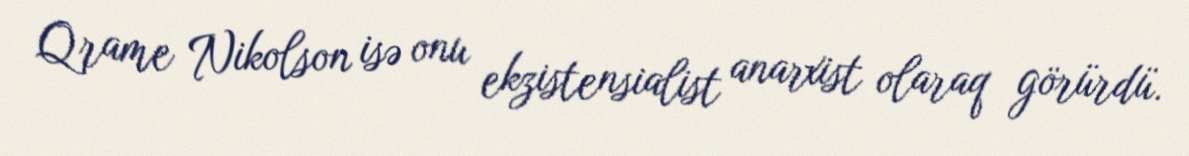
Qrame Nikolson isə onu ekzistensialist anarxist olaraq görürdü.